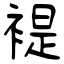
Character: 褆